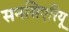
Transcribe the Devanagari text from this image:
सनसिएरियू